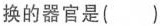
换的器官是( )